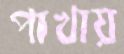
পাখায়